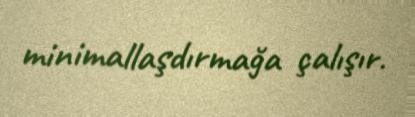
minimallaşdırmağa çalışır.